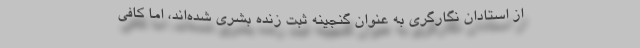
از استادان نگارگری به عنوان گنجینه ثبت زنده بشری شده‌اند، اما کافی